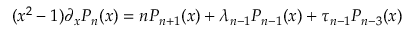
( x ^ { 2 } - 1 ) \partial _ { x } P _ { n } ( x ) = n P _ { n + 1 } ( x ) + \lambda _ { n - 1 } P _ { n - 1 } ( x ) + \tau _ { n - 1 } P _ { n - 3 } ( x )